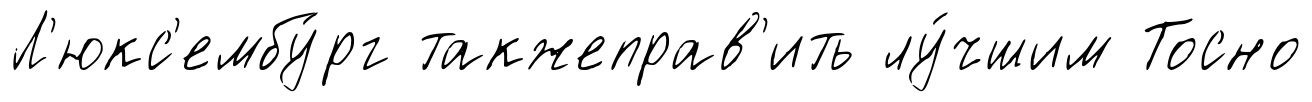
Л'юкс'ембу́рг такжеправ'ить лу́чшим Тосно